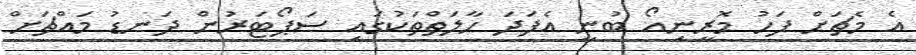
އެ މެޗަށް ފަހު މޮރީނިއޯ ބުނީ އެފަދަ ހާލަތްތަކުގައި ސަޕޯޓަރުން ދަނޑު މައްޗަށް